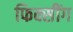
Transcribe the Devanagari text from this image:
फिक्सींग